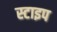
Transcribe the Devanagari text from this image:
स्टाइप